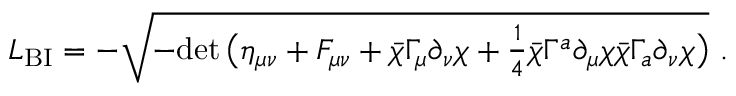
{ \cal L } _ { \mathrm { B I } } = - \sqrt { - \mathrm { d e t } \, \big ( \eta _ { \mu \nu } + F _ { \mu \nu } + \bar { \chi } \Gamma _ { \mu } \partial _ { \nu } \chi + { \textstyle { \frac { 1 } { 4 } } } \bar { \chi } \Gamma ^ { a } \partial _ { \mu } \chi \bar { \chi } \Gamma _ { a } \partial _ { \nu } \chi \big ) } \, \, .